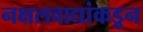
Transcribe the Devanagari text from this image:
नक्षलवाद्यांकडून